Eesti_Ajutine_Maanoukogu, lk 7
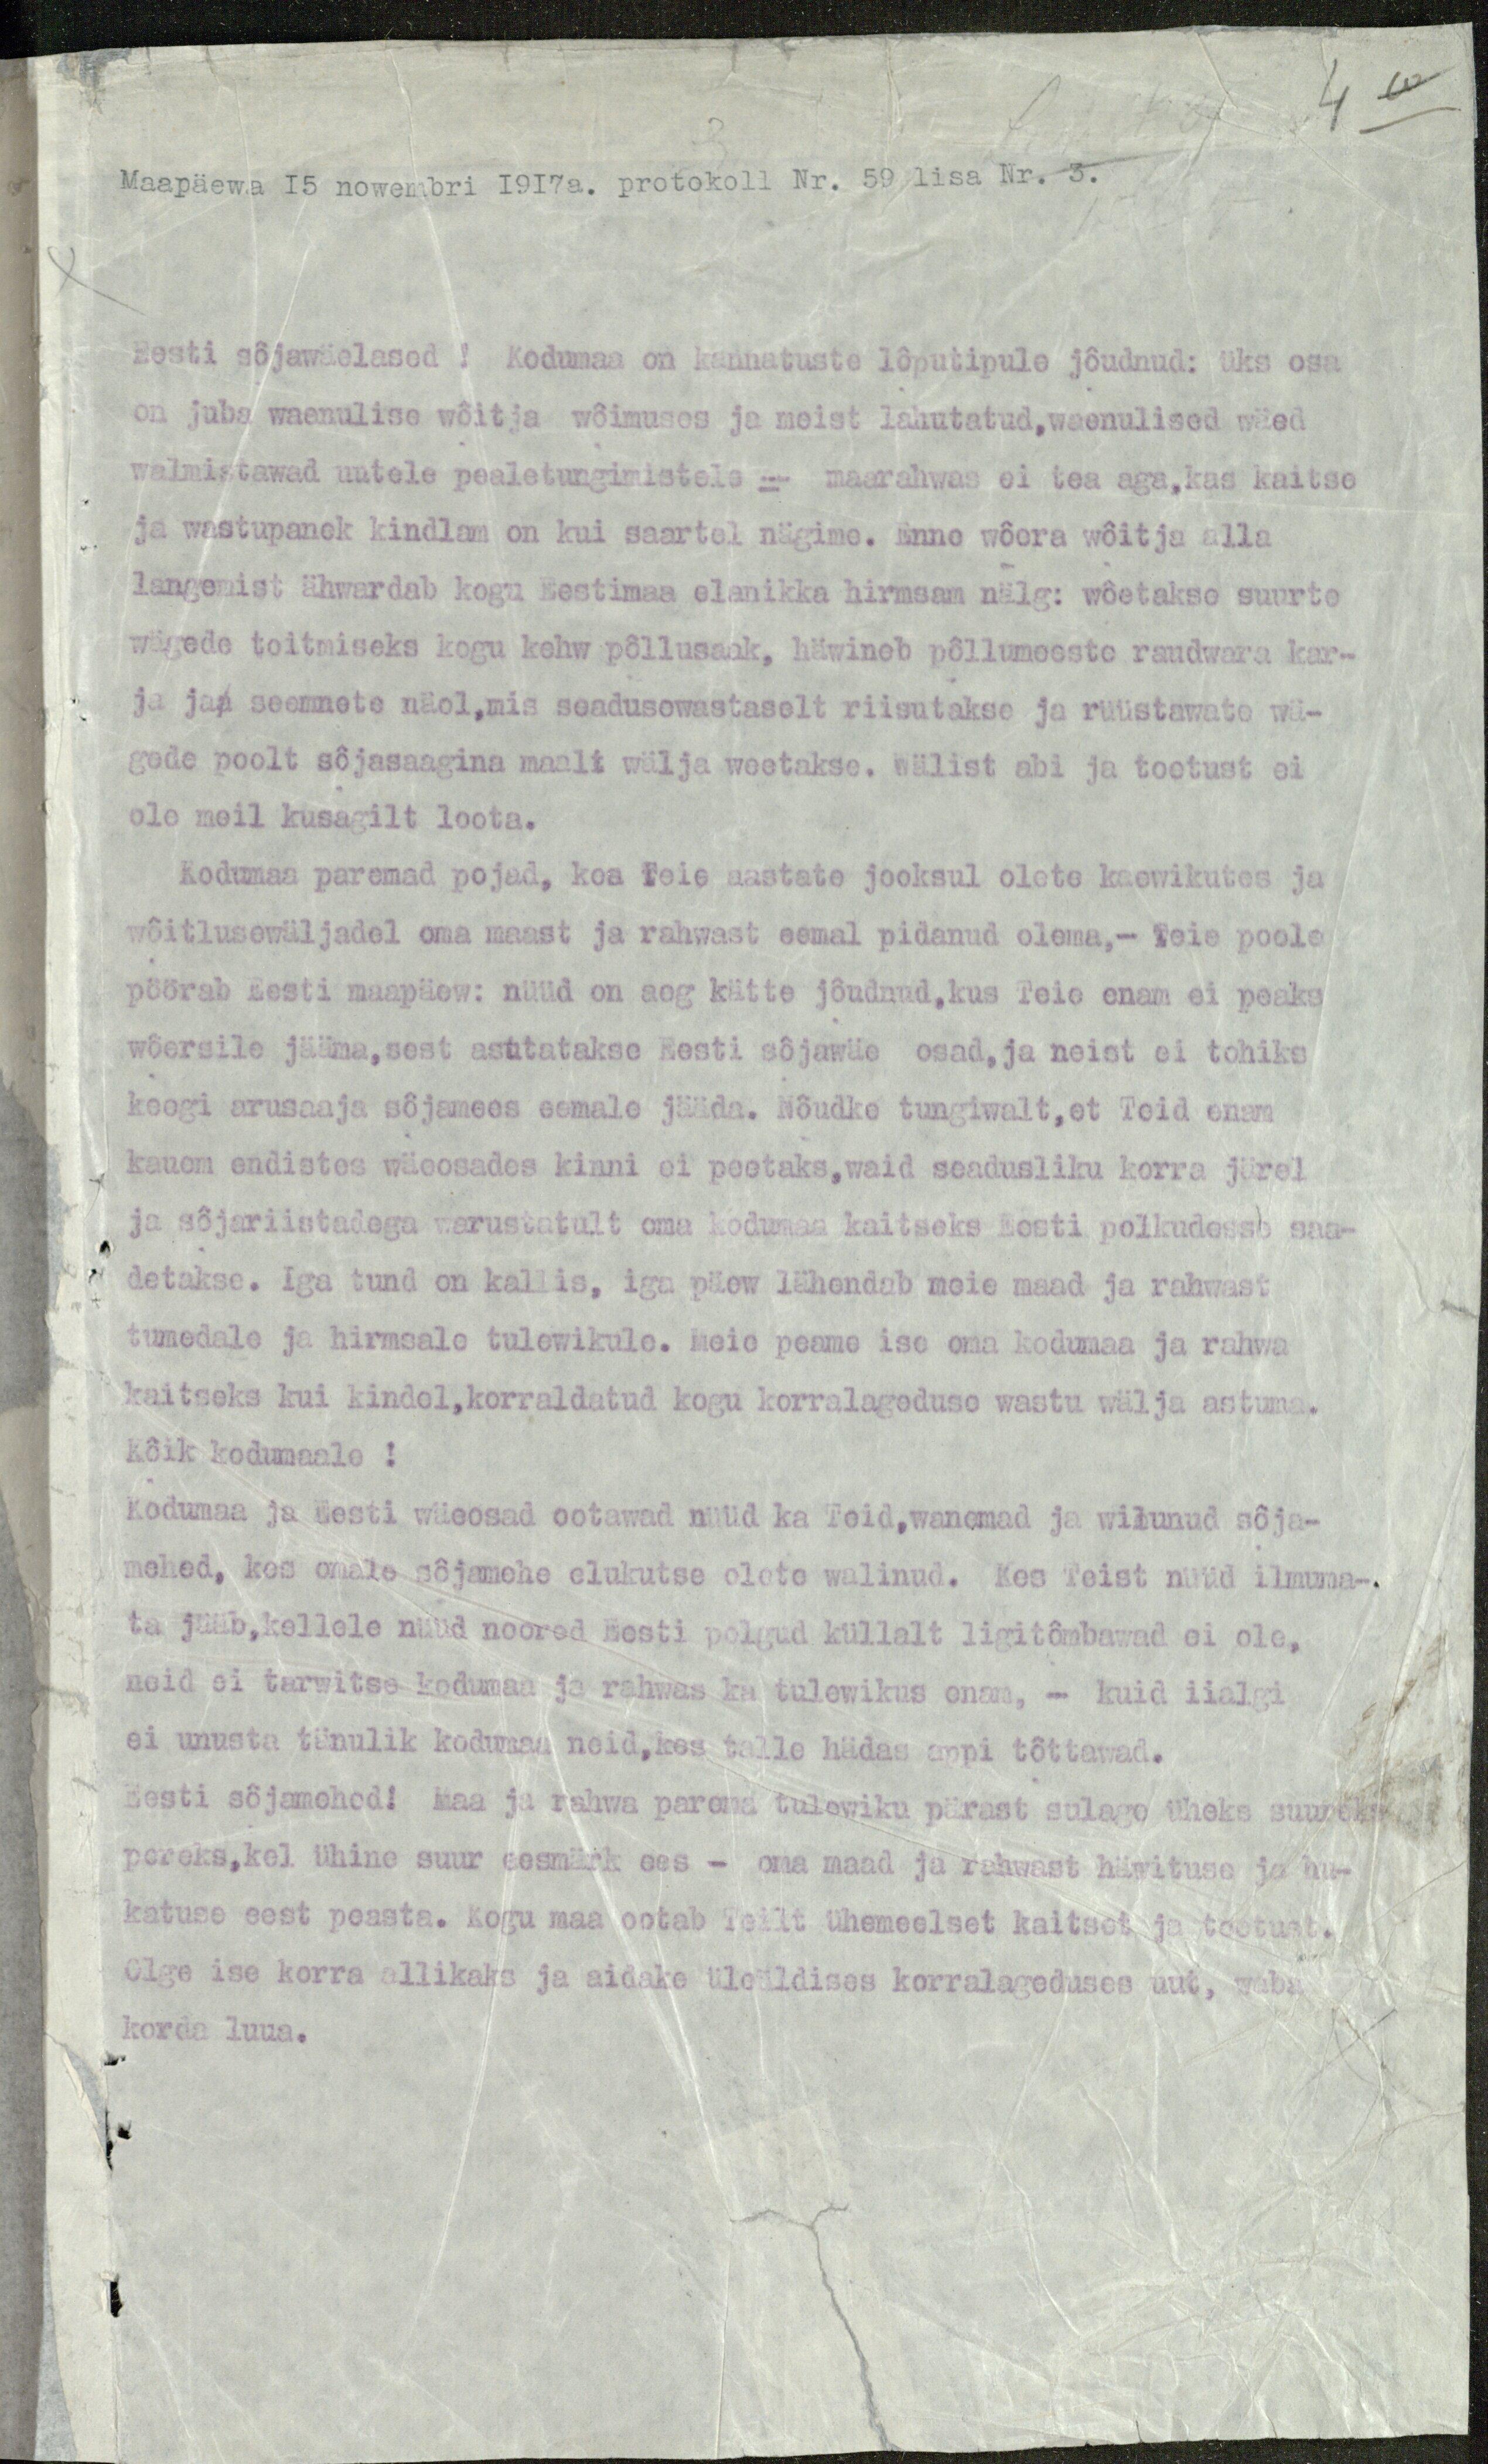
Maapäewa 15 nowembri 1917 a. protokoll Nr. 59 lisa Nr. 3.
Eesti sõjawäelased! Kodumaa on kannatuste lõputipule jõudnud: üks osa
on juba waenulise wõitja wõimuses ja meist lahutatud, waenulised wäed
walmistawad uutele pealetungimistele - maarahwas ei tea aga, kas kaitse
ja wastupanek kindlam on kui saartel nägime. Enne wõera wõitja alla
langemist ähwardab kogu Eestimaa elanikka hirmsam nälg: wõetakse suurte
wägede toitmiseks kogu kehw põllusaak, häwineb põllumeeste raudwara kar-
ja jaa seemnete näol, mis seadusewastaselt riisutakse ja rüüstawate wä-
gede poolt sõjasaagina maalt wälja weetakse. Wälist abi ja toetust ei
ole meil kusagil loota.
Kodumaa paremad pojad, kes Teie aastate jooksul olete kaewikutes ja
wõitluswäljadel oma maast ja rahwast eemal pidanud olema, - Teie poole
pöörab Eesti maapäew: nüüd on aeg kätte jõudnud, kus Teie enam ei peaks
wõersile jääma, sest asutatakse Eesti sõjawäe isad, ja neist ei tohiks
keegi arusaaja sõjamees eemale jääda. Nõudke tungiwalt, et Teid enam
kauem endistes wäeosades kinni ei peetaks, waid seadusliku korra järel
ja sõjariistadega warustatult oma kodumaa kaitseks Eesti polkudesse saa-
detakse. Iga tund on kallis, iga päew lähendab meie maad ja rahwast
tumedale ja hirmsale tulewikule. Meie peame ise oma kodumaa ja rahwa
kaitseks kui kindel, korraldatud kogu korralageduse wastu wälja astuma.
Kõik kodumaale!
Kodumaa ja Eesti wäeosad ootawad nüüd ka Teid, wanemad ja wilunud sõja-
mehed, kes omale sõjamehe elukutse olete walinud. Kes Teist nüüd ilmuma-
ta jääb, kellele nüüd noored Eesti polgud küllalt ligitõmbawad ei ole,
neid ei tarwitse kodumaa ja rahwas ka tulewikus enam, - kuid iialgi
ei unusta tänulik kodumaa neid, kes talle hädas appi tõttawad.
Eesti sõjamehed! Maa ja rahwa parema tulewiku pärast sulage üheks suureks
pereks, kel ühine suur eesmärk ees - oma maad ja rahwast häwituse ja hu-
katuse eest peasta. Kogu maa ootab Teilt ühemeelset kaitset ja toetust.
Olge ise korra allikaks ja aidake üleüldises korralageduses uut, waba
korda luua.